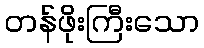
တန်ဖိုးကြီးသော